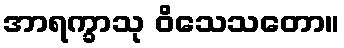
အာရက္ခာသု ဝိသေသတော။